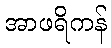
အာဖရိကန်